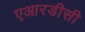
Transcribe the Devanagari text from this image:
एआरडीसी